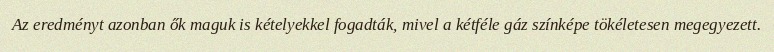
Az eredményt azonban ők maguk is kételyekkel fogadták, mivel a kétféle gáz színképe tökéletesen megegyezett.